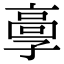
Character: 𩫃